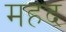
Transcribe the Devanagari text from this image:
महद